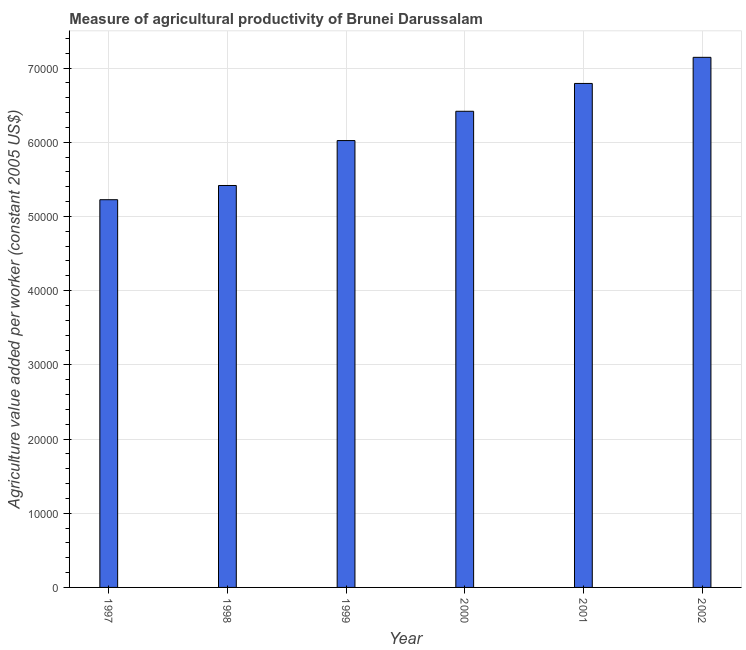
| Year | Agriculture value added per worker |
 | --- | --- |
 | 1997 | 5.23e+04 |
 | 1998 | 5.42e+04 |
 | 1999 | 6.02e+04 |
 | 2000 | 6.42e+04 |
 | 2001 | 6.79e+04 |
 | 2002 | 7.14e+04 |